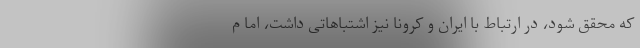
که محقق شود، در ارتباط با ایران و کرونا نیز اشتباهاتی داشت، اما م